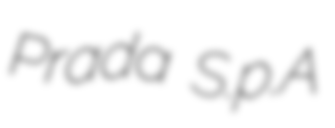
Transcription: Prada S.p.A